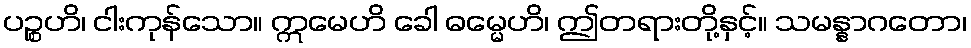
ပဉ္စဟိ၊ ငါးကုန်သော။ ဣမေဟိ ခေါ ဓမ္မေဟိ၊ ဤတရားတို့နှင့်။ သမန္နာဂတော၊